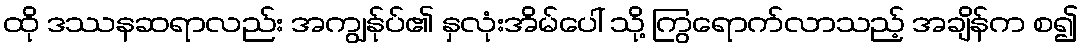
ထို ဒဿနဆရာလည်း အကျွန်ုပ်၏ နှလုံးအိမ်ပေါ် သို့ ကြွရောက်လာသည့် အချိန်က စ၍